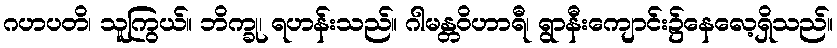
ဂဟပတိ၊ သူကြွယ်။ ဘိက္ခု၊ ရဟန်းသည်။ ဂါမန္တဝိဟာရီ၊ ရွာနီးကျောင်း၌နေလေ့ရှိသည်။